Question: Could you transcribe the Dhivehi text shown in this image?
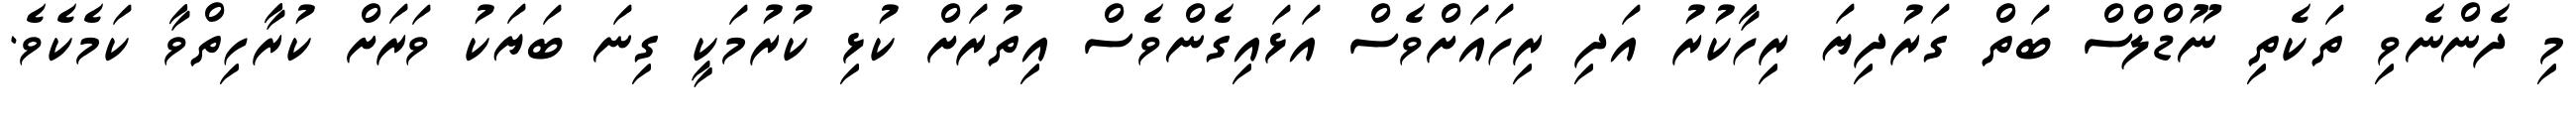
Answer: މި ދެންނެވި ތަކެތި ނޫޑްލްސް ބަތް ގަރުދިޔަ ރިހާކުރު އަދި ރިހައަށްވެސް އަޅައިގެންވެސް އިތުރަށް ކުޅި ކުރުމަކީ ގިނަ ބަޔަކު ވަރަށް ކުރާހިތްވާ ކަމެކެވެ.